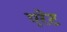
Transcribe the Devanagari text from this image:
एरेट